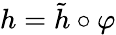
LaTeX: h={\tilde{h}}\circ\varphi